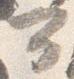
可